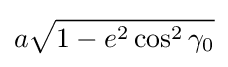
a{\sqrt {1-e^{2}\cos ^{2}\gamma _{0}}}